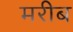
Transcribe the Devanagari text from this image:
मरीब